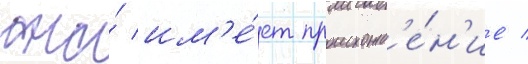
она́ им'е́ет происхожд'е́н'ие /